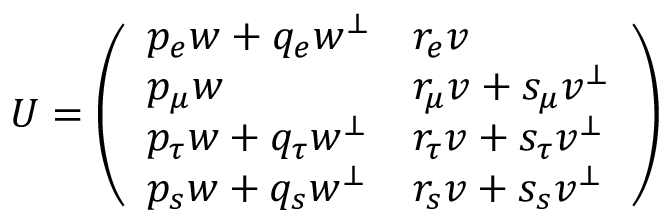
U = \left( \begin{array} { l l } { { p _ { e } w + q _ { e } w ^ { \bot } } } & { { r _ { e } v } } \\ { { p _ { \mu } w } } & { { r _ { \mu } v + s _ { \mu } v ^ { \bot } } } \\ { { p _ { \tau } w + q _ { \tau } w ^ { \bot } } } & { { r _ { \tau } v + s _ { \tau } v ^ { \bot } } } \\ { { p _ { s } w + q _ { s } w ^ { \bot } } } & { { r _ { s } v + s _ { s } v ^ { \bot } } } \end{array} \right)